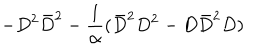
- D ^ { 2 } \bar { D } ^ { 2 } - { \frac { 1 } { \alpha } } ( \bar { D } ^ { 2 } D ^ { 2 } - D \bar { D } ^ { 2 } D )